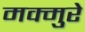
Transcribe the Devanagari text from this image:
मक्मुरे